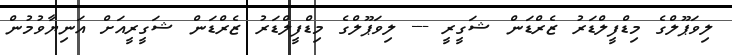
ލިވަޕޫލްގެ މިޑްފީލްޑަރު ޒެރްޑަން ޝަގީރީ --- ލިވަޕޫލްގެ މިޑްފީލްޑަރު ޒެރްޑަން ޝަގީރީއަށް އަނިޔާވުމުން